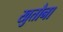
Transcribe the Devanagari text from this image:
खुतौना